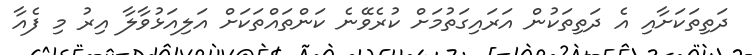
ދަތިތަކަށާއި އެ ދަތިތަކުން އަރައިގަތުމަށް ކުރެވޭނެ ކަންތައްތަކަށް އަލިއަޅުވާލާ އިރު މި ފެއާ